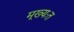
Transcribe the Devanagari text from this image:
मूख्यःत